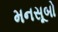
મનસૂબો